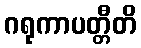
ဂရုကာပတ္တီတိ